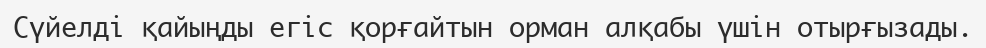
Сүйелді қайыңды егіс қорғайтын орман алқабы үшін отырғызады.